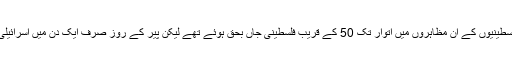
اس سال 30 مارچ سے شروع ہونے والے فلسطینیوں کے اِن مظاہروں میں اتوار تک 50 کے قریب فلسطینی جاں بحق ہوئے تھے لیکن پیر کے روز صرف ایک دن میں اسرائیلی فوج نے 55 فلسطینیوں کو ہلاک کردیا ہے۔